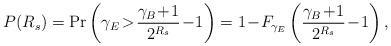
LaTeX: \begin{align*}P(R_s) = \Pr\left(\gamma_E \!>\! \frac{\gamma_B \!+\! 1}{2^{R_s}} \!-\! 1\right) = 1 \!-\! F_{\gamma_E}\left(\frac{\gamma_B \!+\! 1}{2^{R_s}} \!-\! 1\right),\end{align*}